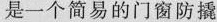
是一个简易的门窗防撬